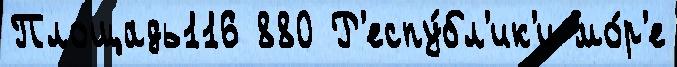
Площадь116 880 Р'еспу́бл'ик'и мо́р'е